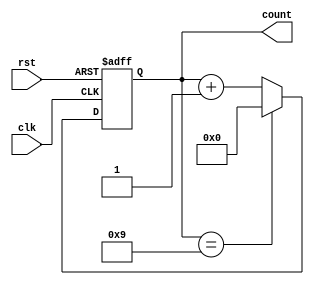
module DecadeCounter (
    input wire clk,
    input wire rst,
    output reg [3:0] count
);

reg [3:0] next_count;

always @(posedge clk or posedge rst) begin
    if (rst) begin
        count <= 0;
    end else begin
        count <= next_count;
    end
end

always @* begin
    if (count == 9) begin
        next_count = 0;
    end else begin
        next_count = count + 1;
    end
end

endmodule